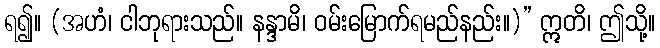
ရ၍။ (အဟံ၊ ငါဘုရားသည်။ နန္ဒာမိ၊ ဝမ်းမြောက်ရမည်နည်း။)” ဣတိ၊ ဤသို့။